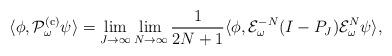
LaTeX: \begin{align*}\langle \phi, \mathcal{P}_{\omega}^{(\mathrm{c})} \psi \rangle = \lim_{J \rightarrow \infty} \lim_{N \rightarrow \infty} \frac{1}{2N+1} \langle \phi, \mathcal{E}_{\omega}^{-N} (I - P_{J}) \mathcal{E}_{\omega}^N \psi \rangle,\end{align*}